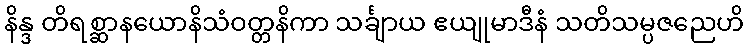
နိန္ဒ တိရစ္ဆာနယောနိသံဝတ္တနိကာ သင်္ချာယ ဧယျုမာဒီနံ သတိသမ္ပဇညေဟိ